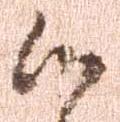
候